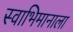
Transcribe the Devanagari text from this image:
स्वाभिमानाला